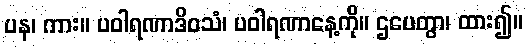
ပန၊ ကား။ ပဝါရဏာဒိဝသံ၊ ပဝါရဏာနေ့ကို။ ဌပေတွာ၊ ထား၍။